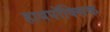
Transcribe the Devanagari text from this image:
हायपॉक्सिक